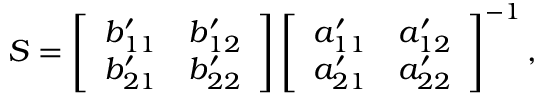
\boldsymbol { S } = \left[ \begin{array} { l l } { b _ { 1 1 } ^ { \prime } } & { b _ { 1 2 } ^ { \prime } } \\ { b _ { 2 1 } ^ { \prime } } & { b _ { 2 2 } ^ { \prime } } \end{array} \right] \left[ \begin{array} { l l } { a _ { 1 1 } ^ { \prime } } & { a _ { 1 2 } ^ { \prime } } \\ { a _ { 2 1 } ^ { \prime } } & { a _ { 2 2 } ^ { \prime } } \end{array} \right] ^ { - 1 } ,